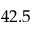
4 2 . 5